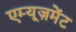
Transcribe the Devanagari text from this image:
एम्यूज़मेंट